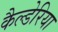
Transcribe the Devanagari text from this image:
कैल्डेरिया